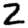
Digit: 2